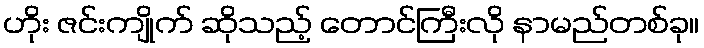
ဟိုး ဇင်းကျိုက် ဆိုသည့် တောင်ကြီးလို နာမည်တစ်ခု။